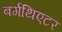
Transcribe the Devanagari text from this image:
बर्गथिएटर